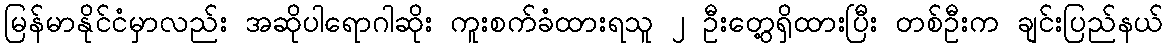
မြန်မာနိုင်ငံမှာလည်း အဆိုပါရောဂါဆိုး ကူးစက်ခံထားရသူ ၂ ဦးတွေ့ရှိထားပြီး တစ်ဦးက ချင်းပြည်နယ်